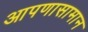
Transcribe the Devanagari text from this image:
आपणासामान